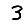
Digit: 3